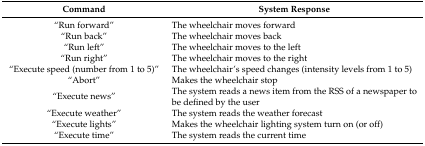
| Command | System Response |
 | --- | --- |
 | “Run forward” | The wheelchair moves forward |
 | “Run back” | The wheelchair moves back |
 | “Run left” | The wheelchair moves to the left |
 | “Run right” | The wheelchair moves to the right |
 | “Execute speed (number from 1 to 5)” | The wheelchair’s speed changes (intensity levels from 1 to 5) |
 | “Abort” | Makes the wheelchair stop |
 | “Execute news” | The system reads a news item from the RSS of a newspaper to be defined by the user |
 | “Execute weather” | The system reads the weather forecast |
 | “Execute lights” | Makes the wheelchair lighting system turn on (or off) |
 | “Execute time” | The system reads the current time |